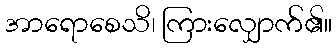
အာရောစေသိ၊ ကြားလျှောက်၏။